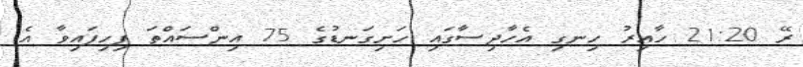
ރޭ 21:20 ހާއިރު ހިނގި އެހާދިސާގައި ހަށިގަނޑުގެ 75 އިންސައްތަ ފިހިފައިވާ އެ